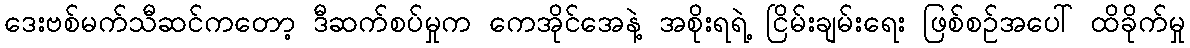
ဒေးဗစ်မက်သီဆင်ကတော့ ဒီဆက်စပ်မှုက ကေအိုင်အေနဲ့ အစိုးရရဲ့ ငြိမ်းချမ်းရေး ဖြစ်စဉ်အပေါ် ထိခိုက်မှု